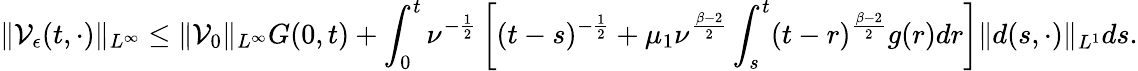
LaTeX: \| \mathcal{V}_{\epsilon}(t,\cdot)\| _{L^{\infty}}\leq\| \mathcal{V}_{0}\| _{L^{\infty}}G(0,t)+\int_{0}^{t}\nu^{-\frac{1}{2}}\left[(t-s)^{-\frac{1}{2}}+\mu_{1}\nu^{\frac{\beta-2}{2}}\int_{s}^{t}(t-r)^{\frac{\beta-2}{2}}g(r)dr\right]\| d(s,\cdot)\| _{L^{1}}ds.